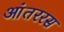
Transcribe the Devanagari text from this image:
आंतररस